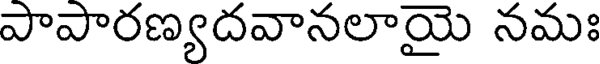
పాపారణ్యదవానలాయై నమః